Civil Veterinary Department Bengal reports 1923-33 - 1923-1933
Year: 1923
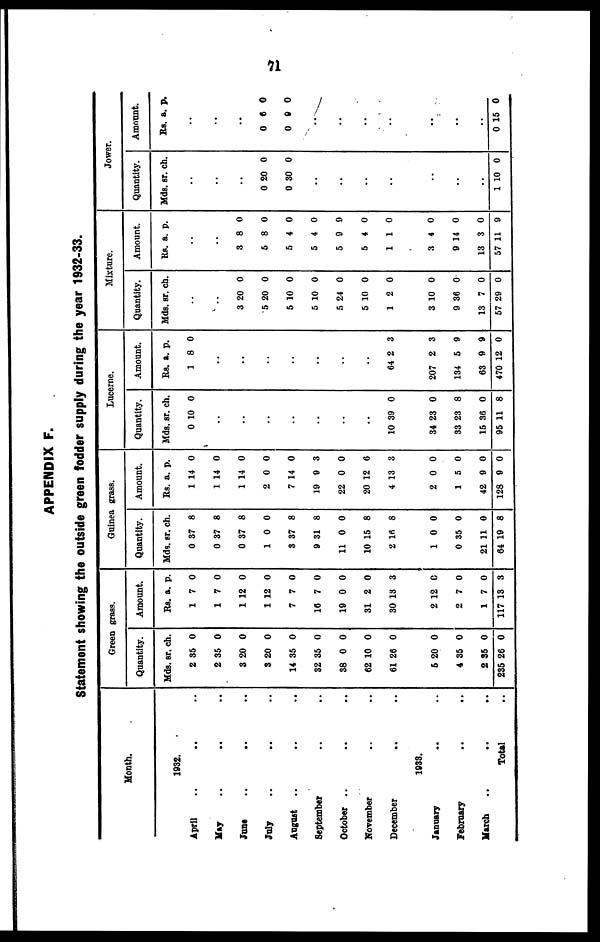
11
APPENDIX F.
Statement showing the outside green fodder supply during the year 1932-33.
Month.
1932.
April .. .. ..
May .. .. ..
June .. .. ..
July .. .. ..
August .. .. ..
September .. ..
October .. .. ..
November .. ..
December .. ..
1033.
January
.. ..
February .. ..
March .. .. ..
Total ..
Gr
een grass.
Quantity.
Mds.
2
2
3
3
14
32
38
62
61
6
4
2
235
sr.
35
35
20
20
35
35
0
10
26
20
35
35
26
ch.
0
0
0
0
0
0
0
0
0
0
0
0
0
Amount
.
Rs.
1
1
1
1
7
16
19
31
30
2
2
1
117
a.
7
7
12
12
7
7
0
2
13
12
7
7
13
p.
0
0
0
0
0
0
0
0
3
0
0
0
3
Gu
inea grass
.
Quantity.
Mds.
0
0
0
1
3
9
11
10
2 16
1
0
21
64
sr.
37
37
37
0
37
31
0
15
0
35
11
19
ch.
8
8
8
0
8
8
0
8
8
0
0
0
8
Amount.
Rs.
1
1
1
2
7
19
22
20
4
2
1
42
128
a.
14
14
14
0
14
9
0
12
13
0
5
9
9
p.
0
0
0
0
0
3
0
6
3
0
0
0
0
Lucerne.
Quantity.
Mds.
0
..
..
..
..
..
..
..
10
34
33
15
95
sr.
10
39
23
23
36
11
ch.
0
0
0
8
0
8
Amount
.
Rs.
1
..
..
..
..
..
..
..
64
207
134
63
470
a. p
8
2
2
5
9
12
.
0
3
3
9
9
0
Mixture.
Quantity.
Mds.
..
..
3
5
5
5
5
5
1
3
9
13
57
sr.
20
20
10
10
24
10
2
10
36
7
29
ch.
0
0
0
0
0
0
0
0
0
0
0
Amount.
Rs.
..
..
3
5
5
5
5
5
1
3
9
13
57
a.
8
8
4
4
9
4
1
4
14
3
11
p.
0
0
0
0
9
0
0
0
0
0
9
Jower.
Quantity.
Mds
..
..
..
0
0
..
..
..
..
..
..
..
1
. sr.
20
30
10
ch.
0
0
0
Amount.
Rs.
..
..
..
0
0
..
..
..
..
..
..
..
0 1
a.
6
9
5
p.
0
0
0